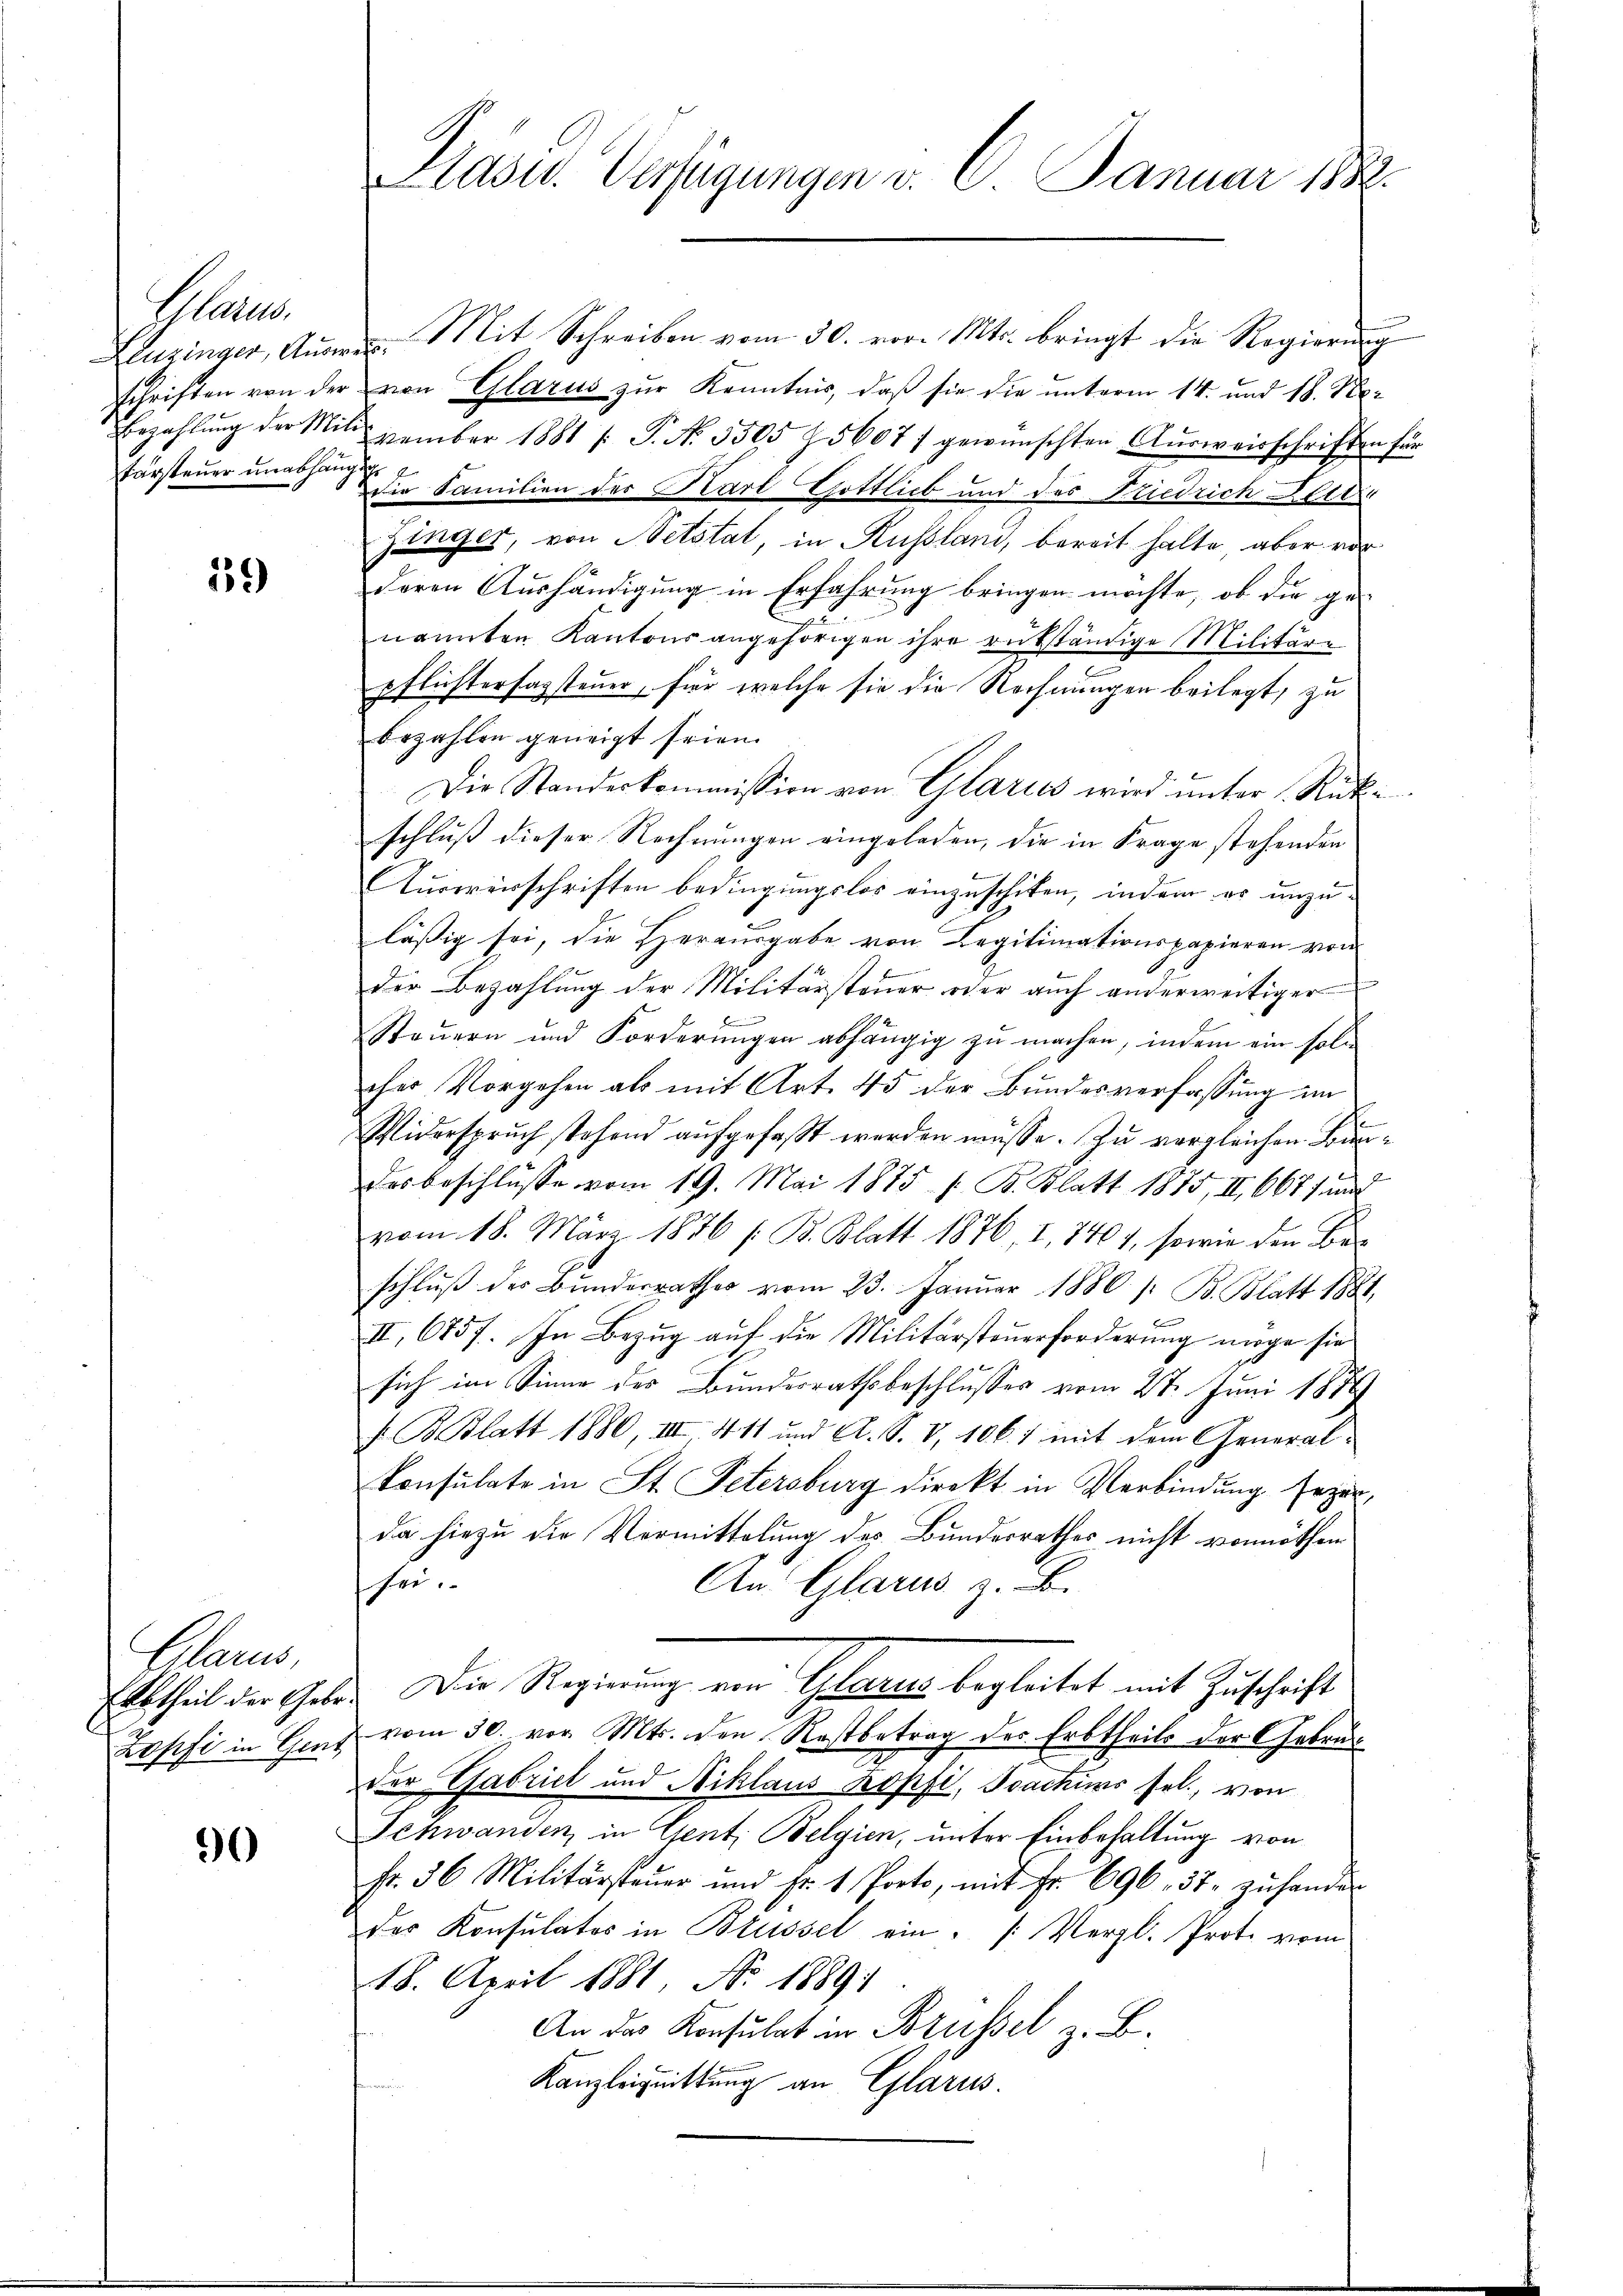
G
tarsteuer unabhängten

39

Glarus,

9

Leuzinger, Aŭswe. Mit Schreiben vom 30. vor. Mts. bringt die Regierŭng
schriften von der von Glarus zur Kenntnis, daß sie die unterm 14. und 18. No¬
Bezahlŭng der Mitezember 1881 /: P. Nr. 3305 Z. 5607) gewünschten Aŭsweisschriften für
die Familien der Karl Gottlieb und des Friedrich Beitra
Zinger, von Netstat, in Russland, bereit halte, aber vorderen Aushändigung in Erfahrung bringen möchte, ob die ge-
nannten Kantons angehörigen ihre rükständige Militär-
pflichtersagsteuer, für welche sie die Rechnungen beilegt, zu
bezahlen geneigt seien.
Die Standeskommission von Glarus wird ŭnter Rück-
schluß dieser Rechnungen eingeladen, die in Frage stehenden
Ausweisschriften bedingungslos einzuschiken, indem es unzuläßig sei, die Herausgabe von Legitimationspapieren von

der Bezahlŭng der Militärsteŭer oder auch anderweitiger
E
Steŭern und Forderŭngen abhängig zŭ machen, indem ein soll
cher Vorgehen als mit Art. 45 der Bundesverfassung im
Widerspruch stehend aufgefaßt werden müsse. Zu vergleichen Bundes beschlüsse vom 19. Mai 1875 s. B. Blatt 1875, II 667 und
vom 18. März 1876 / B. Blatt 1876 I, 7401, sowie den Ber
schlŭβ der Bunderrathes vom 23. Januar 1880 /: B. Blatt 1881,
II., 6757. In Bezug auf die Militärsteuerforderung möge sie
sich im Sinne des Bundesrathsbeschlusses vom 27. Juni 1879
F. B. Blatt 1880, III 411 und A. S. V, 106. 1 mit dem Generalkonsulate in St. Petersburg direkt in Verbindung feyer,
da hiezu die Vermittelung des Bundesrathes nicht vonnöthen
sei.
An: Glarus z. B.
Abtheil der Geber. Die Regierung von Glarus begleitet mit Zuschrift
Zopfi in Genf vom 30. vor. Mts. den Restbetrag des Erbtheils der Gebrau
der Gabriet und Niklaus kopfi, Joachurs sel., von
Schwanden, in Gent, Belgien, unter Einbehaltung von
Fr. 36 Militärsteŭer und Fr. 1 Porto, mit Fr. 696. 37. zŭ hander
der Konsulatos in Brüssel ein /: Vergl. Prote vom
18. April 1881, No. 1889.
An das Konsulat in Brüssel z. B.
Kanzleignittung an Glarus.

Präses Verfügungen u. C. Januar 188